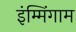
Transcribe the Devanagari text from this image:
इंम्मिंगाम